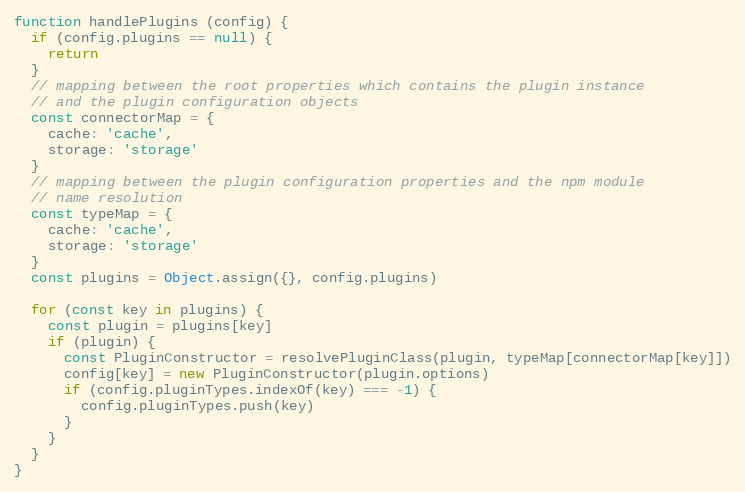
Language: JavaScript
function handlePlugins (config) {
  if (config.plugins == null) {
    return
  }
  // mapping between the root properties which contains the plugin instance
  // and the plugin configuration objects
  const connectorMap = {
    cache: 'cache',
    storage: 'storage'
  }
  // mapping between the plugin configuration properties and the npm module
  // name resolution
  const typeMap = {
    cache: 'cache',
    storage: 'storage'
  }
  const plugins = Object.assign({}, config.plugins)

  for (const key in plugins) {
    const plugin = plugins[key]
    if (plugin) {
      const PluginConstructor = resolvePluginClass(plugin, typeMap[connectorMap[key]])
      config[key] = new PluginConstructor(plugin.options)
      if (config.pluginTypes.indexOf(key) === -1) {
        config.pluginTypes.push(key)
      }
    }
  }
}